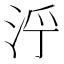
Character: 𱦒